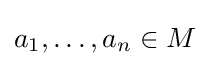
a_{1},\ldots ,a_{n}\in M